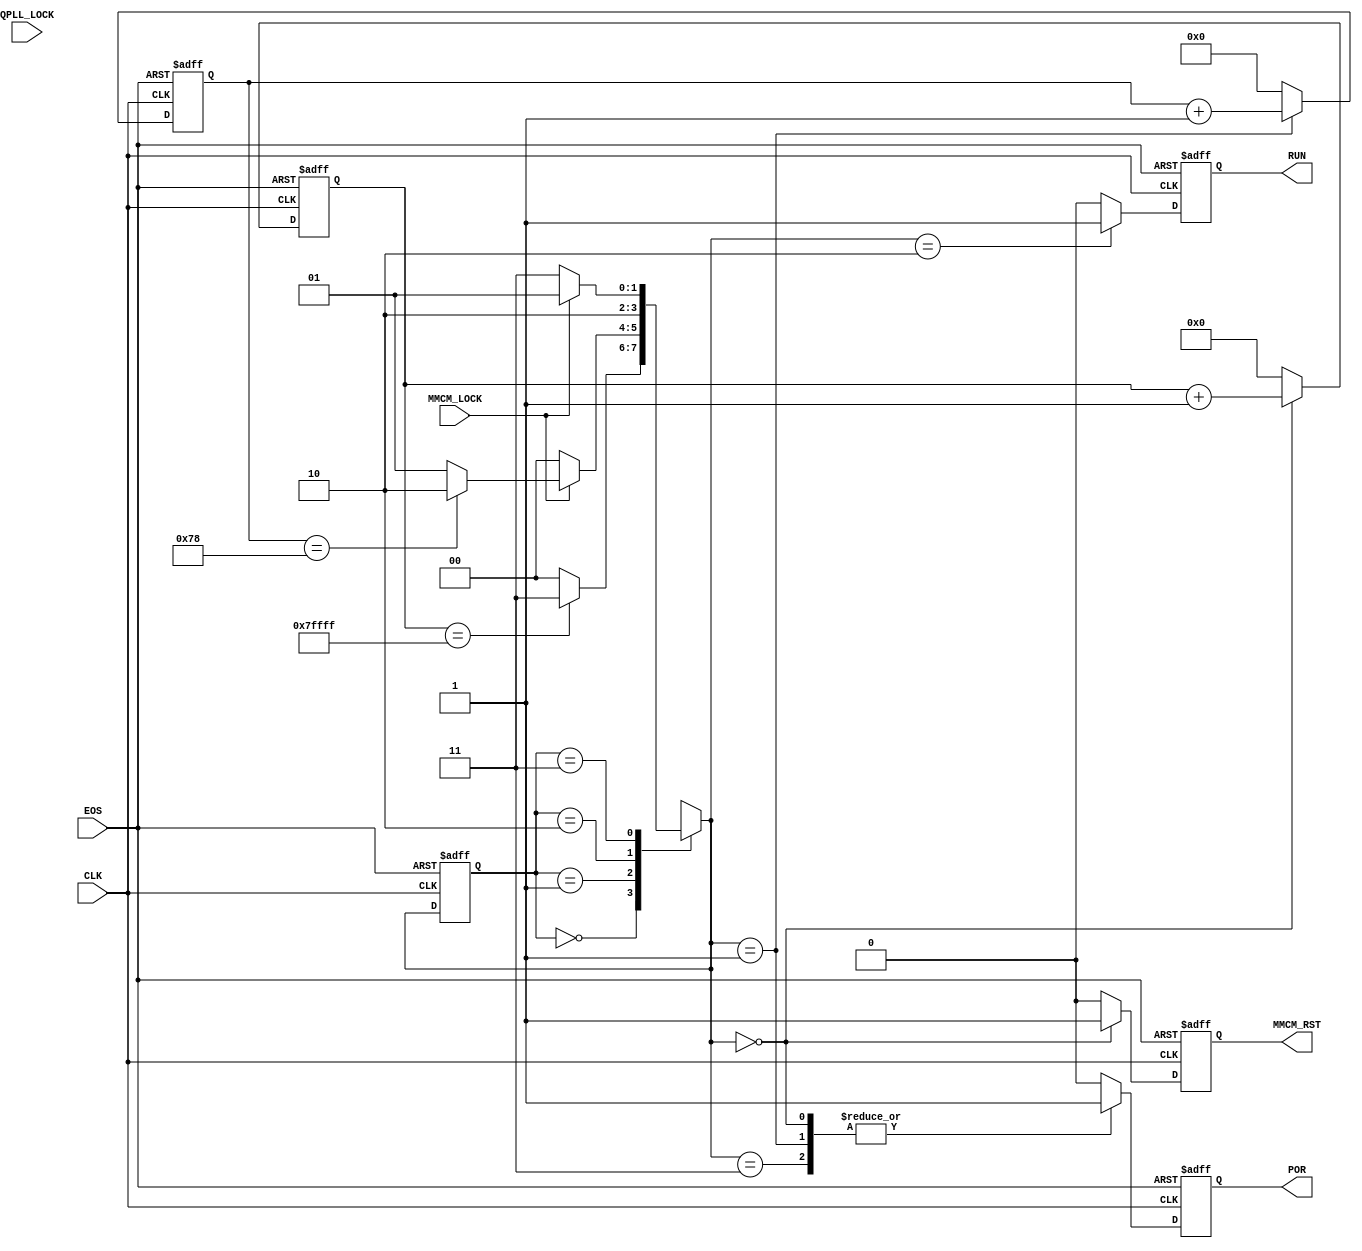

// Created by fizzim_tmr.pl version $Revision: 4.44 on 2018:11:14 at 14:13:58 (www.fizzim.com)

module Pow_on_Rst_FSM 
  #(
    parameter POR_tmo = 120,
    parameter Strt_dly = 20'h7FFFF
  )(
  output reg MMCM_RST,
  output reg POR,
  output reg RUN,
  input CLK,
  input EOS,
  input MMCM_LOCK,
  input QPLL_LOCK 
);

  // state bits
  parameter 
  Idle       = 2'b00, 
  Pow_on_Rst = 2'b01, 
  Run_State  = 2'b10, 
  W4SysClk   = 2'b11; 

  reg [1:0] state;


  reg [1:0] nextstate;


  reg [6:0] por_cnt;
  reg [19:0] strtup_cnt;

  // comb always block
  always @* begin
    nextstate = 2'bxx; // default to x because default_state_is_x is set
    case (state)
      Idle      : if      (strtup_cnt == Strt_dly)  nextstate = W4SysClk;
                  else                              nextstate = Idle;
      Pow_on_Rst: if      (!MMCM_LOCK)              nextstate = Idle;
                  else if (por_cnt == POR_tmo)      nextstate = Run_State;
                  else                              nextstate = Pow_on_Rst;
      Run_State :                                   nextstate = Run_State;
      W4SysClk  : if      (MMCM_LOCK)               nextstate = Pow_on_Rst;
                  else                              nextstate = W4SysClk;
    endcase
  end

  // Assign reg'd outputs to state bits

  // sequential always block
  always @(posedge CLK or negedge EOS) begin
    if (!EOS)
      state <= Idle;
    else
      state <= nextstate;
  end

  // datapath sequential always block
  always @(posedge CLK or negedge EOS) begin
    if (!EOS) begin
      MMCM_RST <= 1;
      POR <= 1;
      RUN <= 0;
      por_cnt <= 7'h00;
      strtup_cnt <= 20'h00000;
    end
    else begin
      MMCM_RST <= 0; // default
      POR <= 0; // default
      RUN <= 0; // default
      por_cnt <= 7'h00; // default
      strtup_cnt <= 20'h00000; // default
      case (nextstate)
        Idle      : begin
                           MMCM_RST <= 1;
                           POR <= 1;
                           strtup_cnt <= strtup_cnt + 1;
        end
        Pow_on_Rst: begin
                           POR <= 1;
                           por_cnt <= por_cnt + 1;
        end
        Run_State :        RUN <= 1;
        W4SysClk  :        POR <= 1;
      endcase
    end
  end

  // This code allows you to see state names in simulation
  `ifndef SYNTHESIS
  reg [79:0] statename;
  always @* begin
    case (state)
      Idle      : statename = "Idle";
      Pow_on_Rst: statename = "Pow_on_Rst";
      Run_State : statename = "Run_State";
      W4SysClk  : statename = "W4SysClk";
      default   : statename = "XXXXXXXXXX";
    endcase
  end
  `endif

endmodule